Indian journal of veterinary science and animal husbandry - Volume 6,
Year: 1936
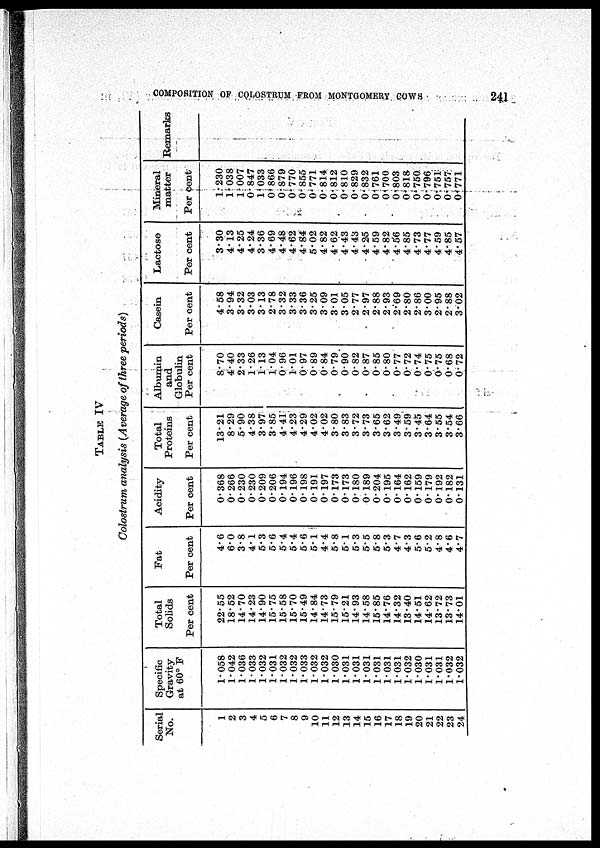
COMPOSITION OF COLOSTRUM FROM MONTGOMERY
COWS
241
TABLE IV
Colostrum analysis (Average of three periods)
Serial
No.
1
2
3
4
5
6
7
8
9
10
11
12
13
14
15
16
17
18
19
20
21
22
23
24
Specific
Gravity
at 60° F
1.058
1.042
1.036
1.033
1.032
1.031
1.032
1.032
1.033
1.032
1.032
1.030
1.031
1.031
1.031
1.031
1.031
1.031
1.032
1.030
1.031
1.031
1.032
1.032
Total
Solids
Per cent
22.55
18.52
14.70
14.23
14.90
15.75
15.58
15.70
15.49
14.84
14.73
15.79
15.21
14.93
14.58
15.85
14.76
14.32
13.40
14.51
14.62
13.72
13.73
14.01
Fat
Per cent
4.6
6.0
3.8
4.1
5.3
5.6
5.4
5.4
5.6
5.1
4.4
5.8
5.1
5.3
5.5
5.8
5.3
4.7
4.3
5.6
5.2
4.8
4.6
4.7
Acidity
Per cent
0.368
0.266
0.230
0.230
0.209
0.206
0.194
0.196
0.198
0.191
0.197
0.173
0.173
0.180
0.189
0.204
0.195
0.164
0.162
0.159
0.179
0.192
0.182
0.131
Total
Proteins
Per cent
13.21
8.29
5.90
4.38
3.97
385
4.41
4.23
4.29
4.02
4.02
3.80
3.83
3.72
3.73
3.65
3.62
3.49
3.59
345
3.64
3.55
3.54
3.66
Albumin
and
Globulin
Per cent
8.70
4.40
2.33
1.26
113
1.04
0.96
1.01
0.97
0.89
0.84
0.79
0.90.
0.82
0.87
0.85
0.80
0.77
0.72
0.74
0.75
0.75
0.68
0.72
Casein
Per cent
4.58
3.94
3.32
3.03
3.13
2.78
3.32
3.33
3.36
3.25
3.09
3.01
3.05
2.77
2.97
2.88
2.93
2.69
2.80
2.86
3.00
2.95
2.88
3.02
Lactose
Per cent
3.30
4.13
4.25
4.24
3.36
4.69
4.48
4.62
4.84
5.02
4.82
4.62
4.43
4.43
4.25
4.59
4.82
4.56
4.85
4.73
4.77
4.59
4.85
4.57
Mineral
matter
Per Cent
1.230
1.038
1.007
0.847
1.033
0.866
0.879
0.770
0.855
0.771
0.814
0.812
0.810
0.829
0.832
0.761
0.700
0.803
0.818
0.750
0.796
0.751
0.757
0.771
Remarks